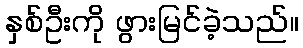
နှစ်ဦးကို ဖွားမြင်ခဲ့သည်။